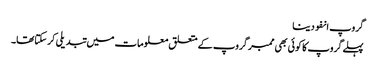
گروپ انفو دینا
پہلے گروپ کا کوئی بھی ممبر گروپ کے متعلق معلومات میں تبدیلی کرسکتاتھا۔